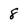
Character: 8